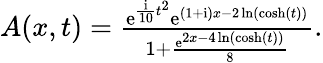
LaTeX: \begin{array}{r}{A(x,t)=\frac{\mathrm{e}^{\frac{\mathrm{{i}}}{10}t^{2}}\mathrm{e}^{(1+\mathrm{{i}})x-2\ln(\cosh(t))}}{1+\frac{\mathrm{e}^{2x-4\ln(\cosh(t))}}{8}}.}\end{array}